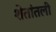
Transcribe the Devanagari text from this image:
शेतांतली